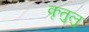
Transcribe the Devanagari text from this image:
कृतुलु